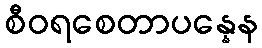
စီဝရစေတာပန္နေန